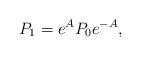
LaTeX: \begin{align*}P_1=e^{A}P_0e^{-A},\end{align*}